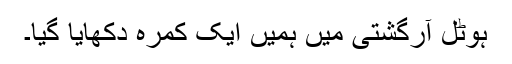
ہوٹل آرگشتی میں ہمیں ایک کمرہ دکھایا گیا۔